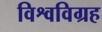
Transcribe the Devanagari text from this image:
विश्वविग्रह